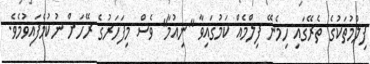
ފިލްމުތަކުގެ ތެރޭގައި ހިމެނޭ ފިލްމެއް ކަމުގައިވާ "ނިއުމާ" ވެސް މިފަހަރުގެ ރޭހަށް ނުކުމެފައިވުމެވެ.